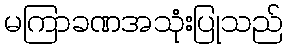
မကြာခဏအသုံးပြုသည်